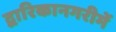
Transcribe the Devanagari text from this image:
द्वारिकानगरीमें